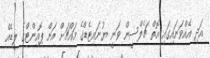
އަދި އެއްވަނައިގައި އޮތް ޗެލްސީން ވަނީ ޔުނައިޓެޑްގެ މައްޗަށް އަށް ޕޮއިންޓްގެ ލީޑެއް